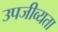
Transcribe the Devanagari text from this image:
उपजीव्यता